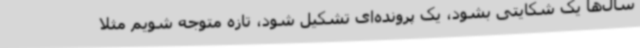
سال‌ها یک شکایتی بشود، یک پرونده‌ای تشکیل شود، تازه متوجه شویم مثلا